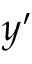
y ^ { \prime }